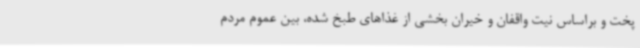
پخت و براساس نیت واقفان و خیران بخشی از غذاهای طبخ شده، بین عموم مردم